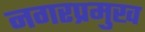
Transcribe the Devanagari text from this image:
नगरप्रमुख